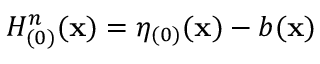
H _ { ( 0 ) } ^ { n } ( \mathbf { x } ) = \eta _ { ( 0 ) } ( \mathbf { x } ) - b ( \mathbf { x } )